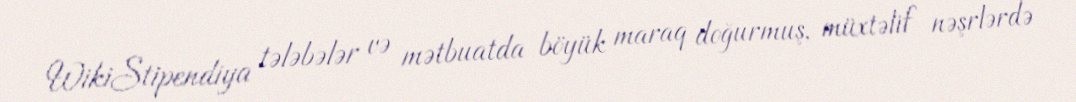
WikiStipendiya tələbələr və mətbuatda böyük maraq doğurmuş, müxtəlif nəşrlərdə